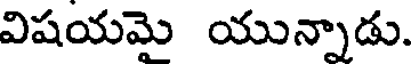
విషయమై యున్నాడు.